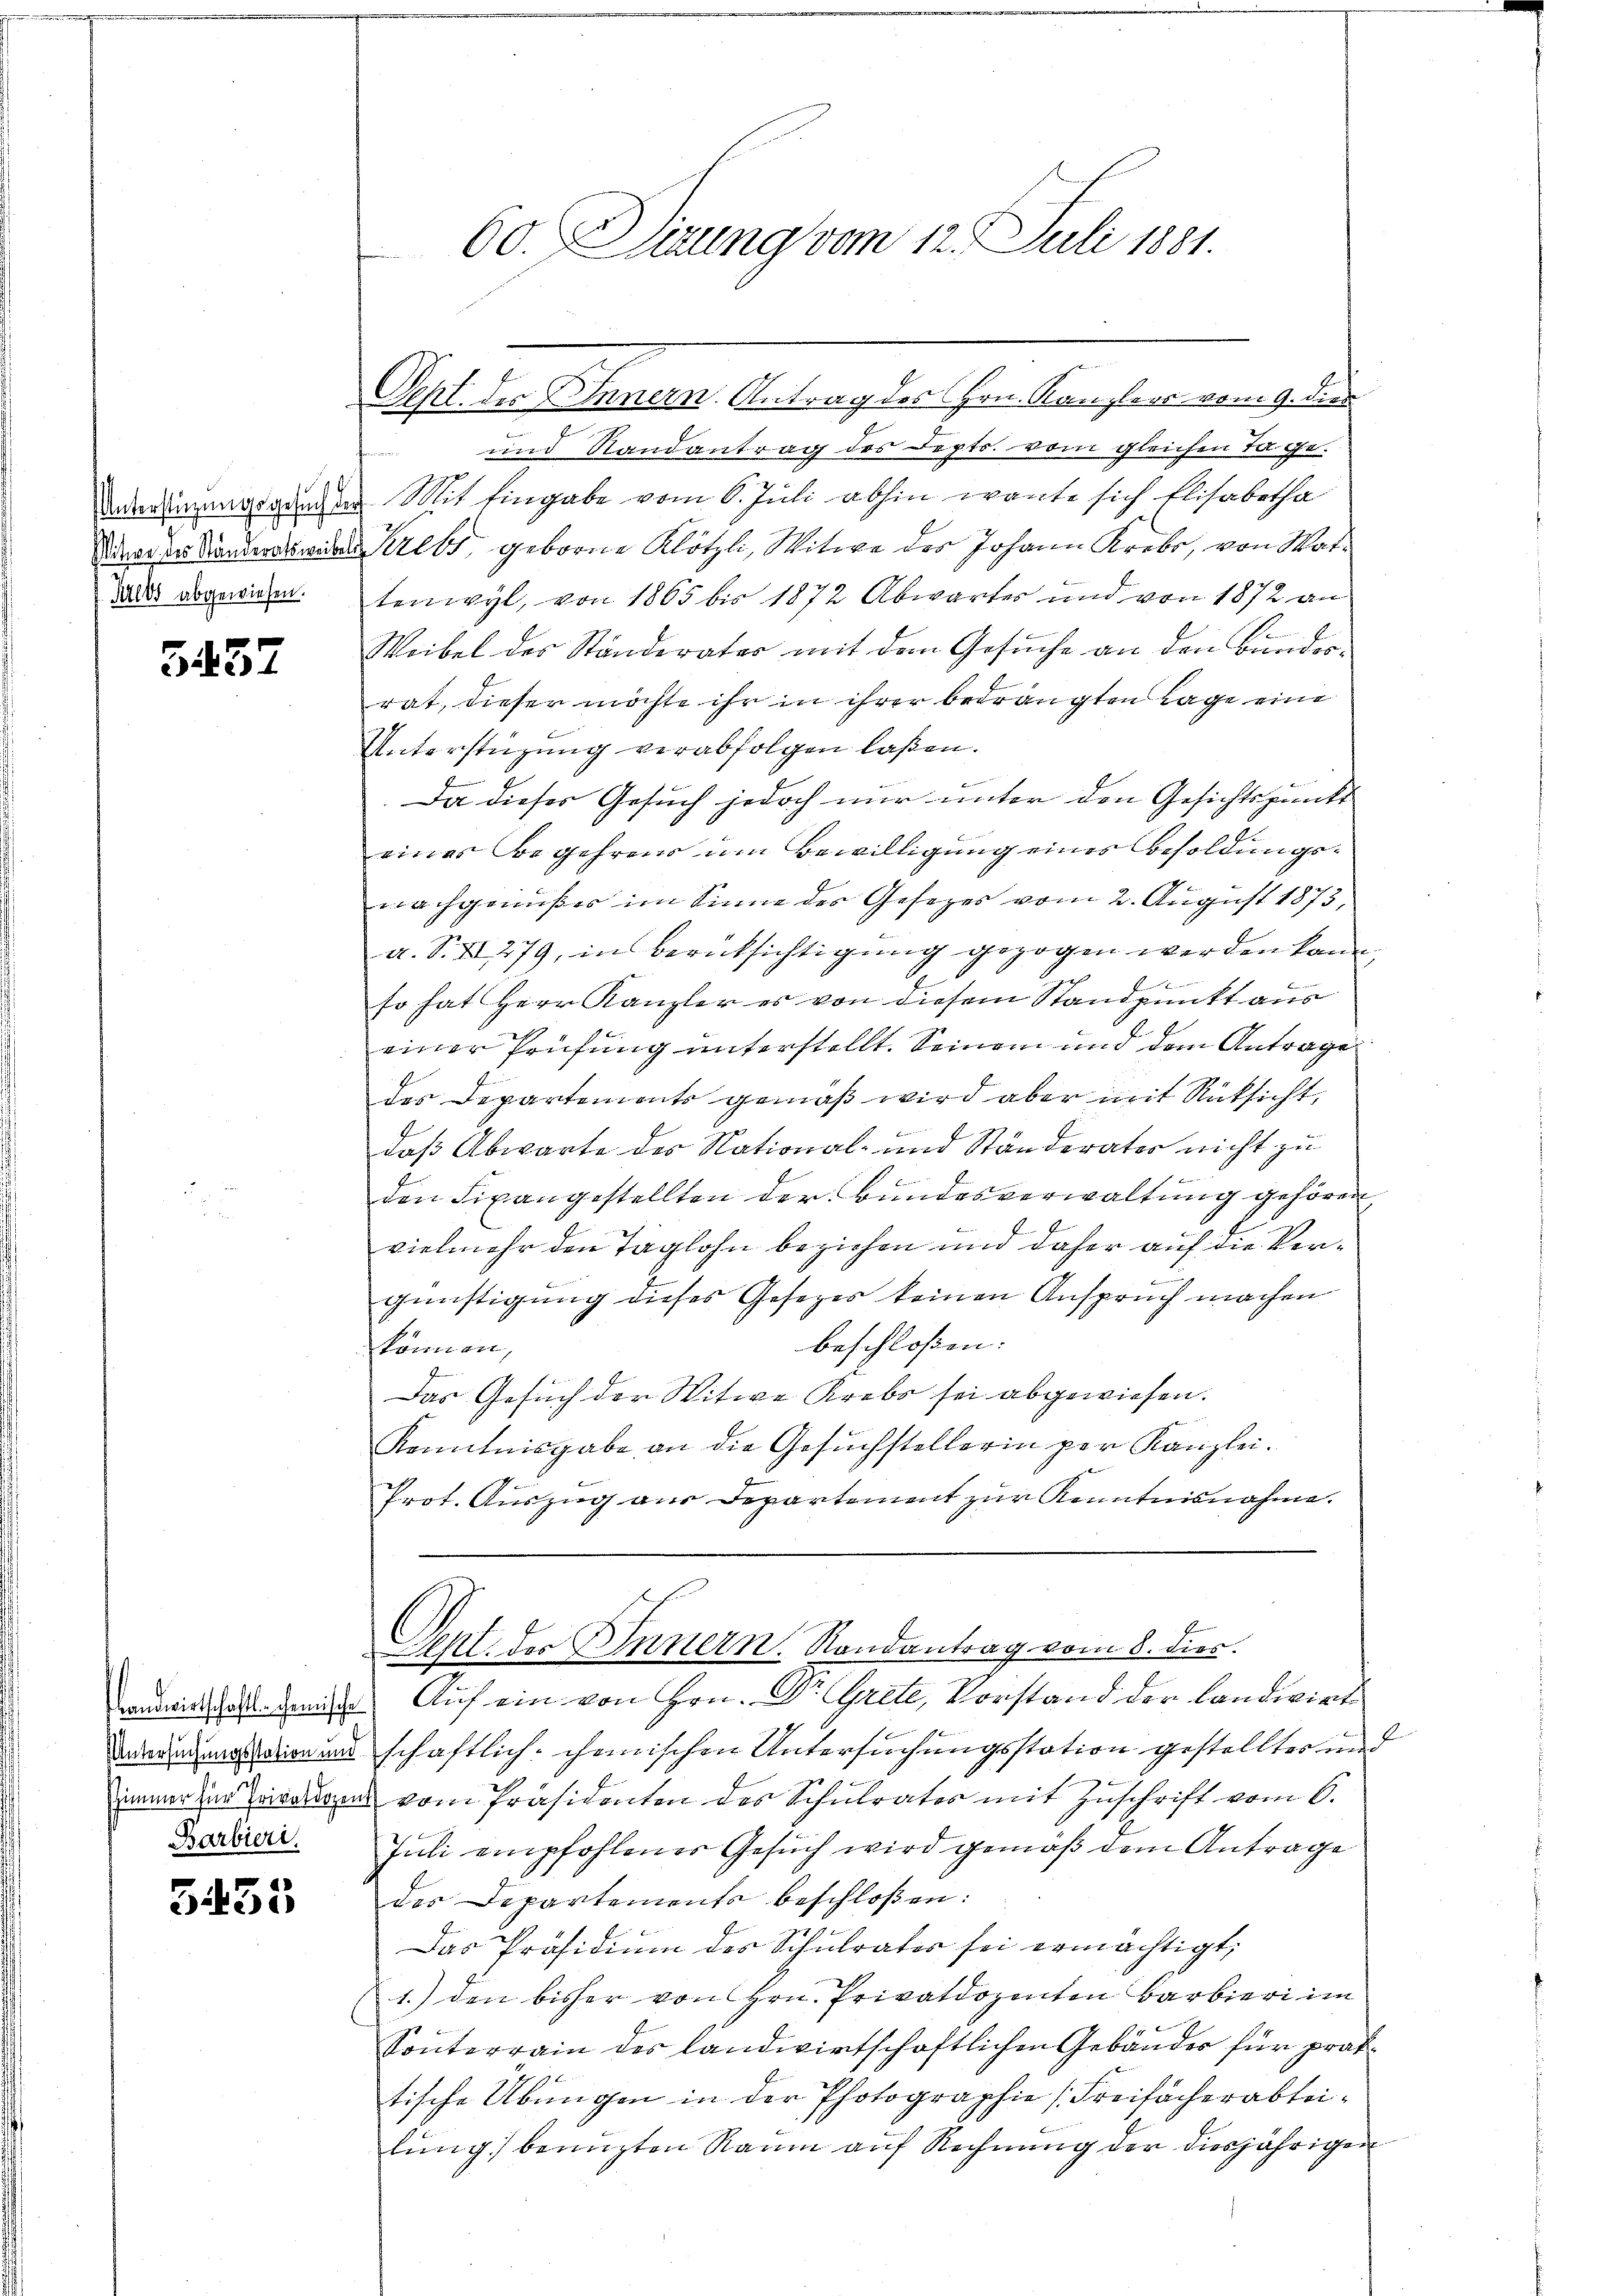
5457

Barbieri

5433

und Randantrag des Depts. vom gleichen Tage.
deringung genes Mit Eingabe vom 6. Juli abhin warte sich Elisabetha
ddenden Landersenden Krebs, geborne Klötzli, Witwe des Johann Krebs, von Watda geweidentenwyl, von 1865 bis 1872 Abwartes und von 1872 an
e
Weibel des Ständerater mit dem Gesuche an den Bundesrat, dieser möchte ihr in ihrer bedrängten Lage eine
Unterstüzung verabfolgen laßen.
Da dieses Gesuch jedoch nur unter den Gesichtspunkt
eines Begehrens um Bewilligung eines Besoldungsnachgenußer im Sinne des Gesetzes vom 2. August 1873,
a. S. 279, in Berücksichtigung gezogen werden kann,
so hat Herr Kanzler es von diesem Standpunkt aus
einer Prüfung unterstellt. Seinem und dem Antrage
des Departements gemäß wird aber mit Rücksicht,
daß Abwarte des National- und Ständerates nicht zu
den Finangestellten der Bundesverwaltung gehören,
vielmehr den Taglohn beziehen und daher auf die Ver¬
6
günstigung dieses Gesetzes keinen Anspruch machen
beschloßen:
können,
Das Gesuch der Witwe Krebs sei abgewiesen.
Kenntnisgabe an die Gesŭchstellerin per Kanzlei.
Prot. Auszug aus Departement zur Kenntnisnahme.
epl. des Innern. Randantrag vom 8. dies
andwirtschaftsgeiste Auf ein von Hrn. Dr. Grete, Vorstand der landwirt
Bedrängenossen unschaftlich chemischen Untersuchungsstation gestelltes und
x
immer zur Privation vom Präsidenten des Schulrates mit Zuschrift vom 6.
Juli empfohlenes Gesuch wird gemäß dem Antrage
des Departements beschloßen:
Das Präsidiŭm des Schulrates sei ermächtigt,
1.) den bisher von Hrn. Privatdozenten Barbieri im
Sonnterrain des landwirtschaftlichen Gebäudes für praktische Übungen in der Photographie (Freifacherabteilung benuzten Raum auf Rechnung der diesjährigen

60. Sitzung vom 12. Juli 1881.

Sept. des Innern. Antrag des Hrn. Kanzlers vom 9. dies